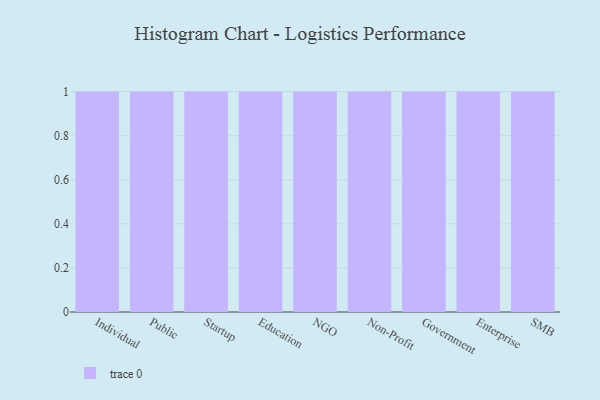
{"axis": {"x": "Segment", "y": "Production Output"}, "legend": [""], "data": [{"x": "Individual", "y": 21, "type": ""}, {"x": "Public", "y": 22, "type": ""}, {"x": "Startup", "y": 39, "type": ""}, {"x": "Education", "y": 77, "type": ""}, {"x": "NGO", "y": 68, "type": ""}, {"x": "Non-Profit", "y": 31, "type": ""}, {"x": "Government", "y": 21, "type": ""}, {"x": "Enterprise", "y": 71, "type": ""}, {"x": "SMB", "y": 49, "type": ""}]}